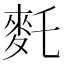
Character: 𪌂